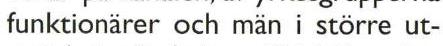
funktionärer och män i större ut-